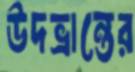
উদভ্রান্তের